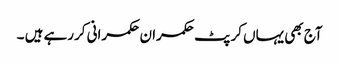
آج بھی یہاں کرپٹ حکمران حکمرانی کررہے ہیں ۔